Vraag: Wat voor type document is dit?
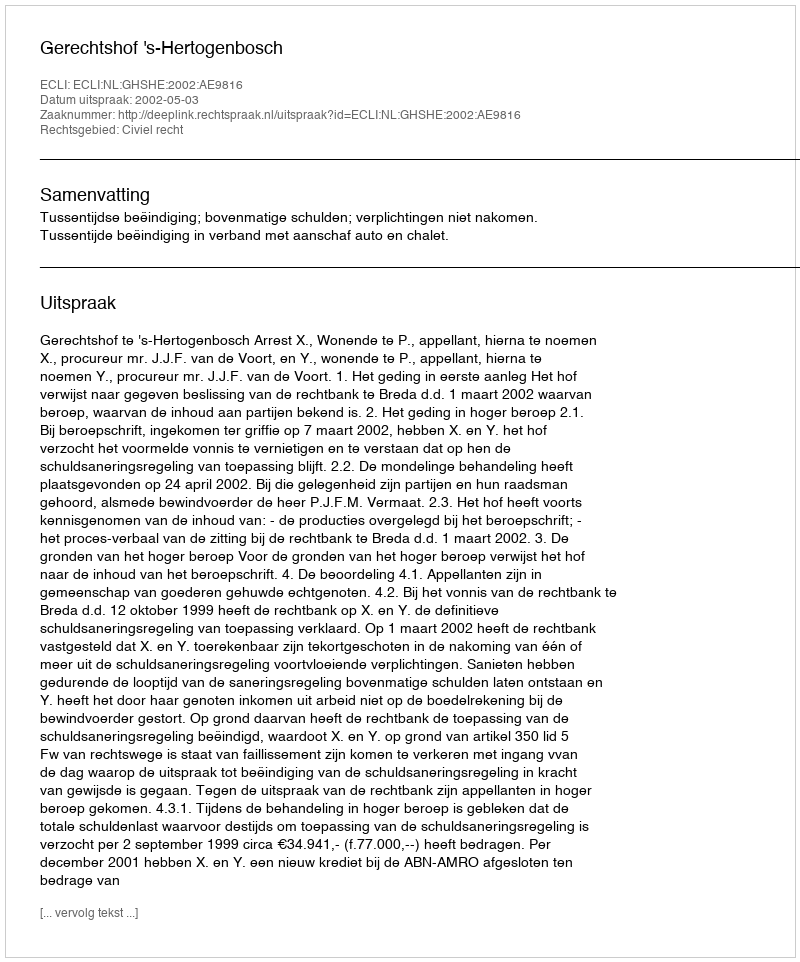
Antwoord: Uitspraak